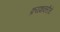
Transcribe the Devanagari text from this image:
क्रयशक्तीचे